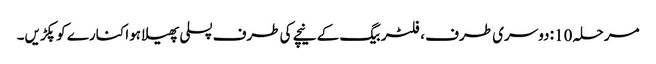
مرحلہ 10: دوسری طرف ، فلٹر بیگ کے نیچے کی طرف پسلی پھیلا ہوا کنارے کو پکڑیں۔